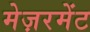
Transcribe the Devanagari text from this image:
मेज़रमेंट